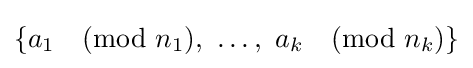
\{a_{1}{\pmod {n_{1}}},\ \ldots ,\ a_{k}{\pmod {n_{k}}}\}